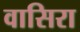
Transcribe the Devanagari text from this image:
वासिरा